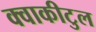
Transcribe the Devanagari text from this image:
क्वाकीटुल